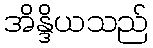
အိန္ဒိယသည်